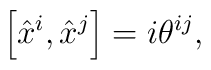
\left[ \hat{x}^i , \hat{x}^j\right] = i\theta^{ij},